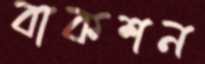
বাকশন